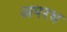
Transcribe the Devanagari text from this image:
अपरध